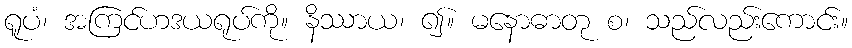
ရူပံ၊ အကြင်ဟဒယရုပ်ကို။ နိဿာယ၊ ၍။ မနောဓာတု စ၊ သည်လည်းကောင်း။